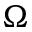
\Omega